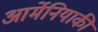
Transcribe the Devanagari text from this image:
आर्मेनियाकी